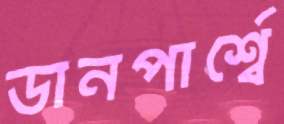
ডানপার্শ্বে